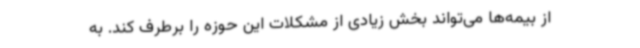
از بیمه‌ها می‌تواند بخش زیادی از مشکلات این حوزه را برطرف کند. به